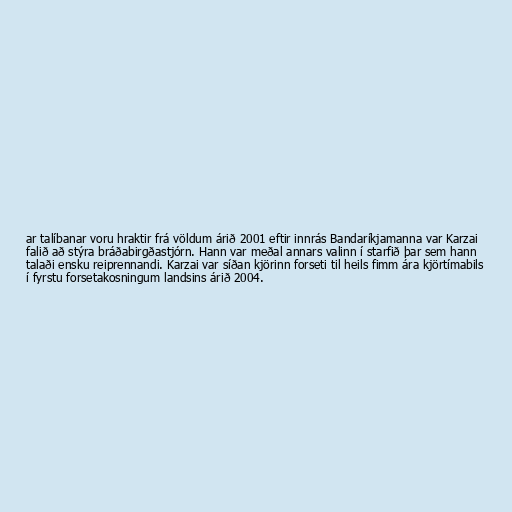
ar talíbanar voru hraktir frá völdum árið 2001 eftir innrás Bandaríkjamanna var Karzai
falið að stýra bráðabirgðastjórn. Hann var meðal annars valinn í starfið þar sem hann
talaði ensku reiprennandi. Karzai var síðan kjörinn forseti til heils fimm ára kjörtímabils
í fyrstu forsetakosningum landsins árið 2004.